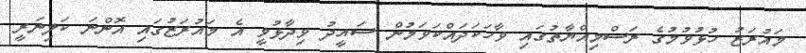
މައުރަޒު ހުޅުވުމުގެ ރަސްމިއްޔާތުގައި ވާހަކަދައްކަވަމުން ސައީދު ވިދާޅުވީ އެ މައުރަޒުގައި އޮންނަ ކަލިނަރީ